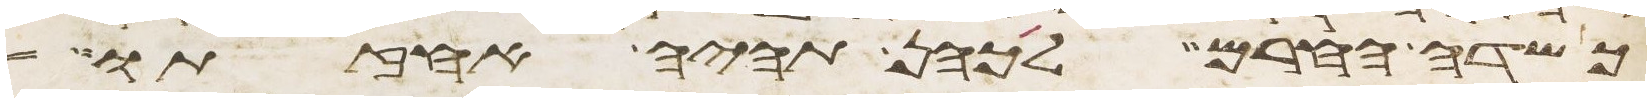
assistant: כשדה החרם לכהן תהיה אחזתו